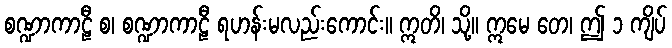
စဏ္ဍာကာဠီ စ၊ စဏ္ဍာကာဠီ ရဟန်းမလည်းကောင်း။ ဣတိ၊ သို့။ ဣမေ တေ၊ ဤ ၁ ကျိပ်